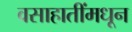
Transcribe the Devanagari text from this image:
वसाहातींमधून